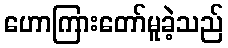
ဟောကြားတော်မူခဲ့သည်